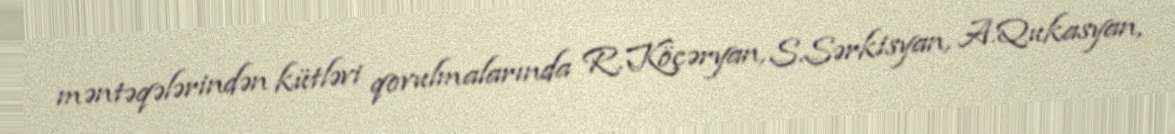
məntəqələrindən kütləvi qovulmalarında R.Köçəryan, S.Sərkisyan, A.Qukasyan,